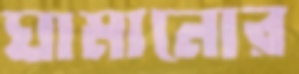
ঘামানোর